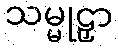
သမ္မုဠှာ